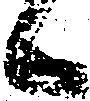
候